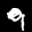
Label: 9